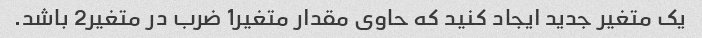
یک متغیر جدید ایجاد کنید که حاوی مقدار متغیر1 ضرب در متغیر2 باشد.